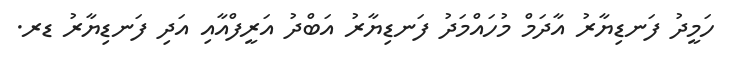
ހަމީދު ފަނޑިޔާރު އާދަމް މުހައްމަދު ފަނޑިޔާރު އަބްދު އަރީފްއާއި އަދި ފަނޑިޔާރު ޑރ.